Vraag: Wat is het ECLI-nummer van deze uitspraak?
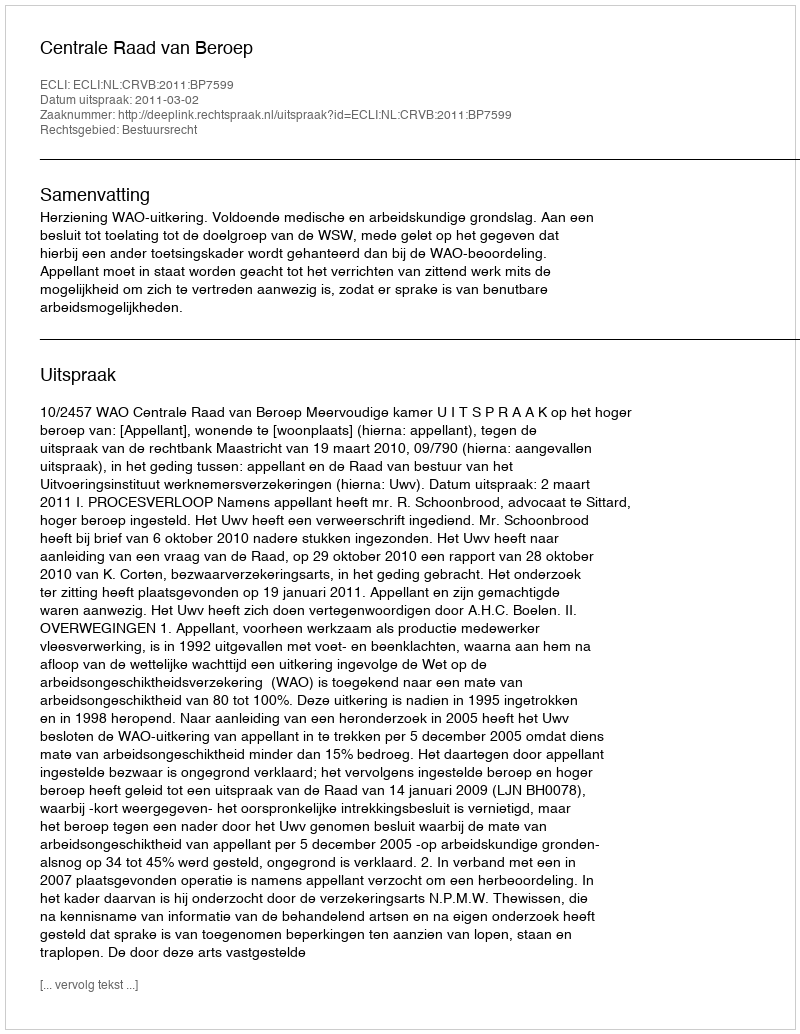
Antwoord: ECLI:NL:CRVB:2011:BP7599